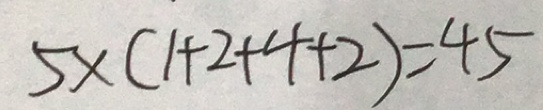
5 \times ( 1 + 2 + 4 + 2 ) = 4 5